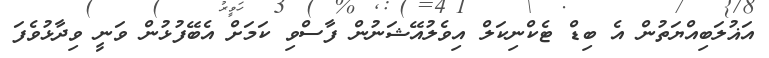
އަޣުލަބިއްޔަތުން އެ ބިޑް ޓެކްނިކަލް އިވެލުއޭޝަނުން ފާސްވި ކަމަށް އެބޭފުޅުން ވަނީ ވިދާޅުވެފަ